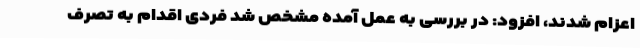
اعزام شدند، افزود: در بررسی به عمل آمده مشخص شد فردی اقدام به تصرف